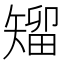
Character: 𥏵